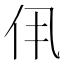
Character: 𫢐